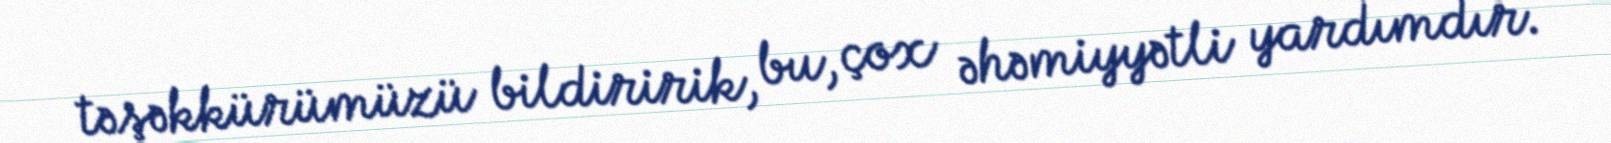
təşəkkürümüzü bildiririk, bu, çox əhəmiyyətli yardımdır.